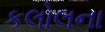
કલોલના